Insane asylums in Bengal annual reports 1867-1875 - 1867-1875
Year: 1867
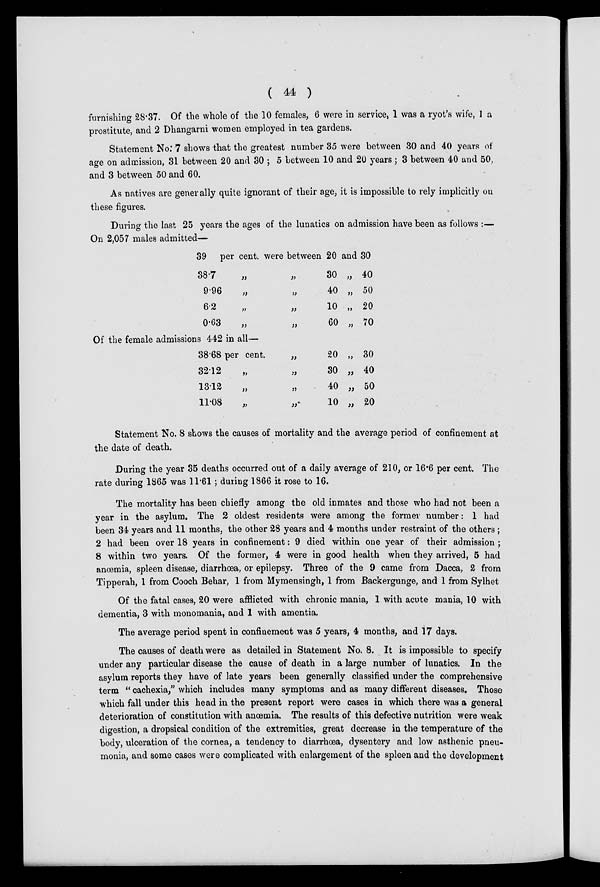
( 44 )
furnishing 28.37. Of the whole of the 10 females, 6 were in service, 1 was a ryot's wife, 1 a
prostitute, and 2 Dhangarni women employed in tea gardens.
Statement No: 7 shows that the greatest number 35 were between 30 and 40 years of
age on admission, 31 between 20 and 30 ; 5 between 10 and 20 years ; 3 between 40 and 50,
and 3 between 50 and 60.
As natives are generally quite ignorant of their age, it is impossible to rely implicitly on
these figures.
During the last 25 years the ages of the lunatics on admission have been as follows :—
On 2,057 males admitted—
39 per cent. were between 20 and 30
38.7
„
„
30 „ 40
9.96
„
„
40 „ 50
6.2
„
„
10 „ 20
0.63
„
„
60 „ 70
Of the female admissions 442 in all—
38.68 per cent.
„
20 „ 30
32.12
„
„
30 „ 40
13.12
„
„
40 „ 50
11.08
„
„
10 „ 20
Statement No. 8 shows the causes of mortality and the average period of confinement at
the date of death.
During the year 35 deaths occurred out of a daily average of 210, or 16.6 per cent. The
rate during 1865 was 11.61 ; during 1866 it rose to 16.
The mortality has been chiefly among the old inmates and those who had not been a
year in the asylum. The 2 oldest residents were among the former number: 1 had
been 34 years and 11 months, the other 28 years and 4 months under restraint of the others ;
2 had been over 18 years in confinement: 9 died within one year of their admission ;
8 within two years. Of the former, 4 were in good health when they arrived, 5 had
anœmia, spleen disease, diarrhœa, or epilepsy. Three of the 9 came from Dacca, 2 from
Tipperah, 1 from Cooch Behar, 1 from Mymensingh, 1 from Backergunge, and 1 from Sylhet
Of the fatal cases, 20 were afflicted with chronic mania, 1 with acute mania, 10 with
dementia, 3 with monomania, and 1 with amentia.
The average period spent in confinement was 5 years, 4 months, and 17 days.
The causes of death were as detailed in Statement No. 8. It is impossible to specify
under any particular disease the cause of death in a large number of lunatics. In the
asylum reports they have of late years been generally classified under the comprehensive
term "cachexia," which includes many symptoms and as many different diseases. Those
which fall under this head in the present report were cases in which there was a general
deterioration of constitution with anœmia. The results of this defective nutrition were weak
digestion, a dropsical condition of the extremities, great decrease in the temperature of the
body, ulceration of the cornea, a tendency to diarrhœa, dysentery and low asthenic pneu-
monia, and some cases were complicated with enlargement of the spleen and the development